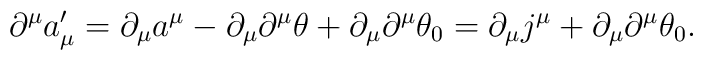
\partial^\mu a'_\mu=\partial_\mu a^\mu-\partial_\mu\partial^\mu\theta+\partial_\mu\partial^\mu\theta_0=\partial_\mu j^\mu+\partial_\mu\partial^\mu\theta_0.